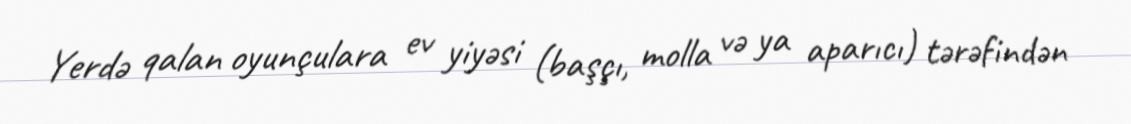
Yerdə qalan oyunçulara ev yiyəsi (başçı, molla və ya aparıcı) tərəfindən